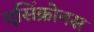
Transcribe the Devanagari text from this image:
एसिंक्रोनस